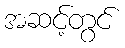
အဆင့်တွင်